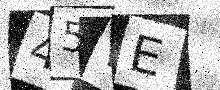
Text: 45WE